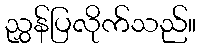
ညွှန်ပြလိုက်သည်။